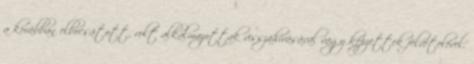
a korábban elbocsátott, volt alkalmazottak visszahívásával vagy képzettek felvételével.